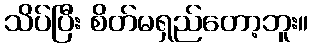
သိပ်ပြီး စိတ်မရှည်တော့ဘူး။